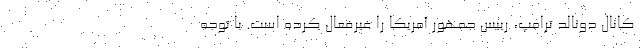
کانال دونالد ترامپ، رییس جمهور آمریکا را غیرفعال کرده است. با توجه